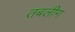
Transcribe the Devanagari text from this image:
तबलीग